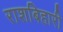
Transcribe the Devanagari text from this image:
राशबिहारी